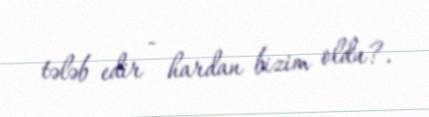
tələb edir - hardan bizim oldu?.